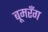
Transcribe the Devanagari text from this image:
बूमरँग